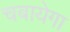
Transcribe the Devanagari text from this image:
चबायेगा